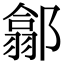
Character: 𨝫